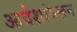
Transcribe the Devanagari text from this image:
आदेशांवरून